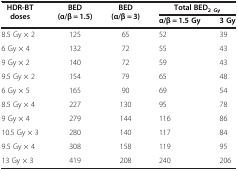
| HDR-BT doses | BED (α/β = 1.5) | BED (α/β = 3) | <COLSPAN=2> Total BED2 Gy |
 |  |  |  | α/β = 1.5 Gy | 3 Gy |
 | --- | --- | --- | --- | --- |
 | 8.5 Gy × 2 | 125 | 65 | 52 | 39 |
 | 6 Gy × 4 | 132 | 72 | 55 | 43 |
 | 9 Gy × 2 | 140 | 72 | 59 | 43 |
 | 9.5 Gy × 2 | 154 | 79 | 65 | 48 |
 | 6 Gy × 5 | 165 | 90 | 69 | 54 |
 | 8.5 Gy × 4 | 227 | 130 | 95 | 78 |
 | 9 Gy × 4 | 279 | 144 | 116 | 86 |
 | 10.5 Gy × 3 | 280 | 140 | 117 | 84 |
 | 9.5 Gy × 4 | 308 | 158 | 119 | 95 |
 | 13 Gy × 3 | 419 | 208 | 240 | 206 |